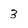
Character: 3